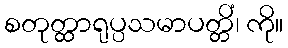
စတုတ္ထာရုပ္ပသမာပတ္တိံ၊ ကို။